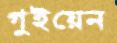
গুইয়েন